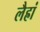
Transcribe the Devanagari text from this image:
लैह्रां